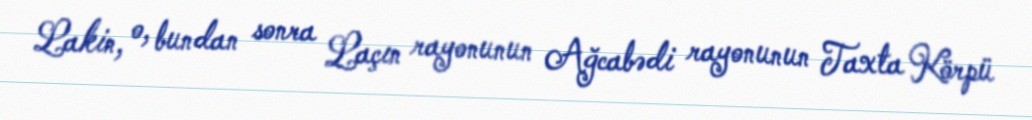
Lakin, o, bundan sonra Laçın rayonunun Ağcabədi rayonunun Taxta Körpü